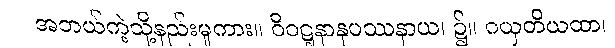
အဘယ်ကဲ့သို့နည်းမူကား။ ဝိဝဋ္ဋနာနုပဿနာယ၊ ၌။ ဂယှတိယထာ၊